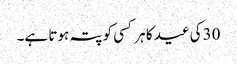
30کی عید کا ہر کسی کو پتہ ہوتا ہے۔